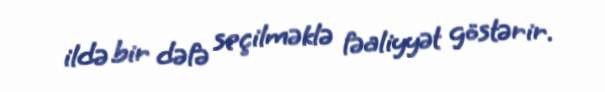
ildə bir dəfə seçilməklə fəaliyyət göstərir.